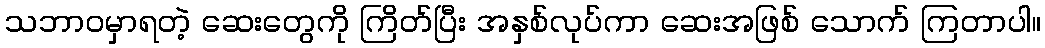
သဘာဝမှာရတဲ့ ဆေးတွေကို ကြိတ်ပြီး အနှစ်လုပ်ကာ ဆေးအဖြစ် သောက် ကြတာပါ။